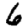
Digit: 6